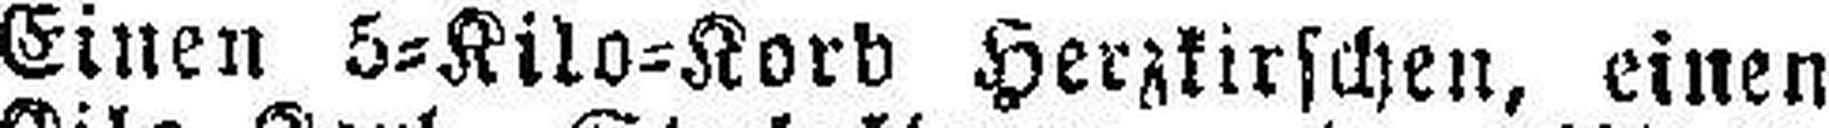
Einen 5=Kilo=Korb Herzkirschen, einen